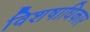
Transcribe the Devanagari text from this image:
विशषाधिकार